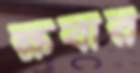
ক্ষবার